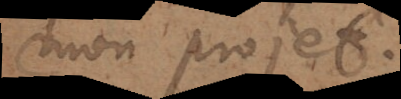
mon projet.